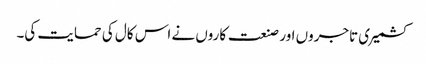
کشمیری تاجروں اور صنعت کاروں نے اس کال کی حمایت کی۔